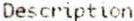
DESCRIPTION